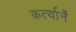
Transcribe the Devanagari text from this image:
कर्त्यानें